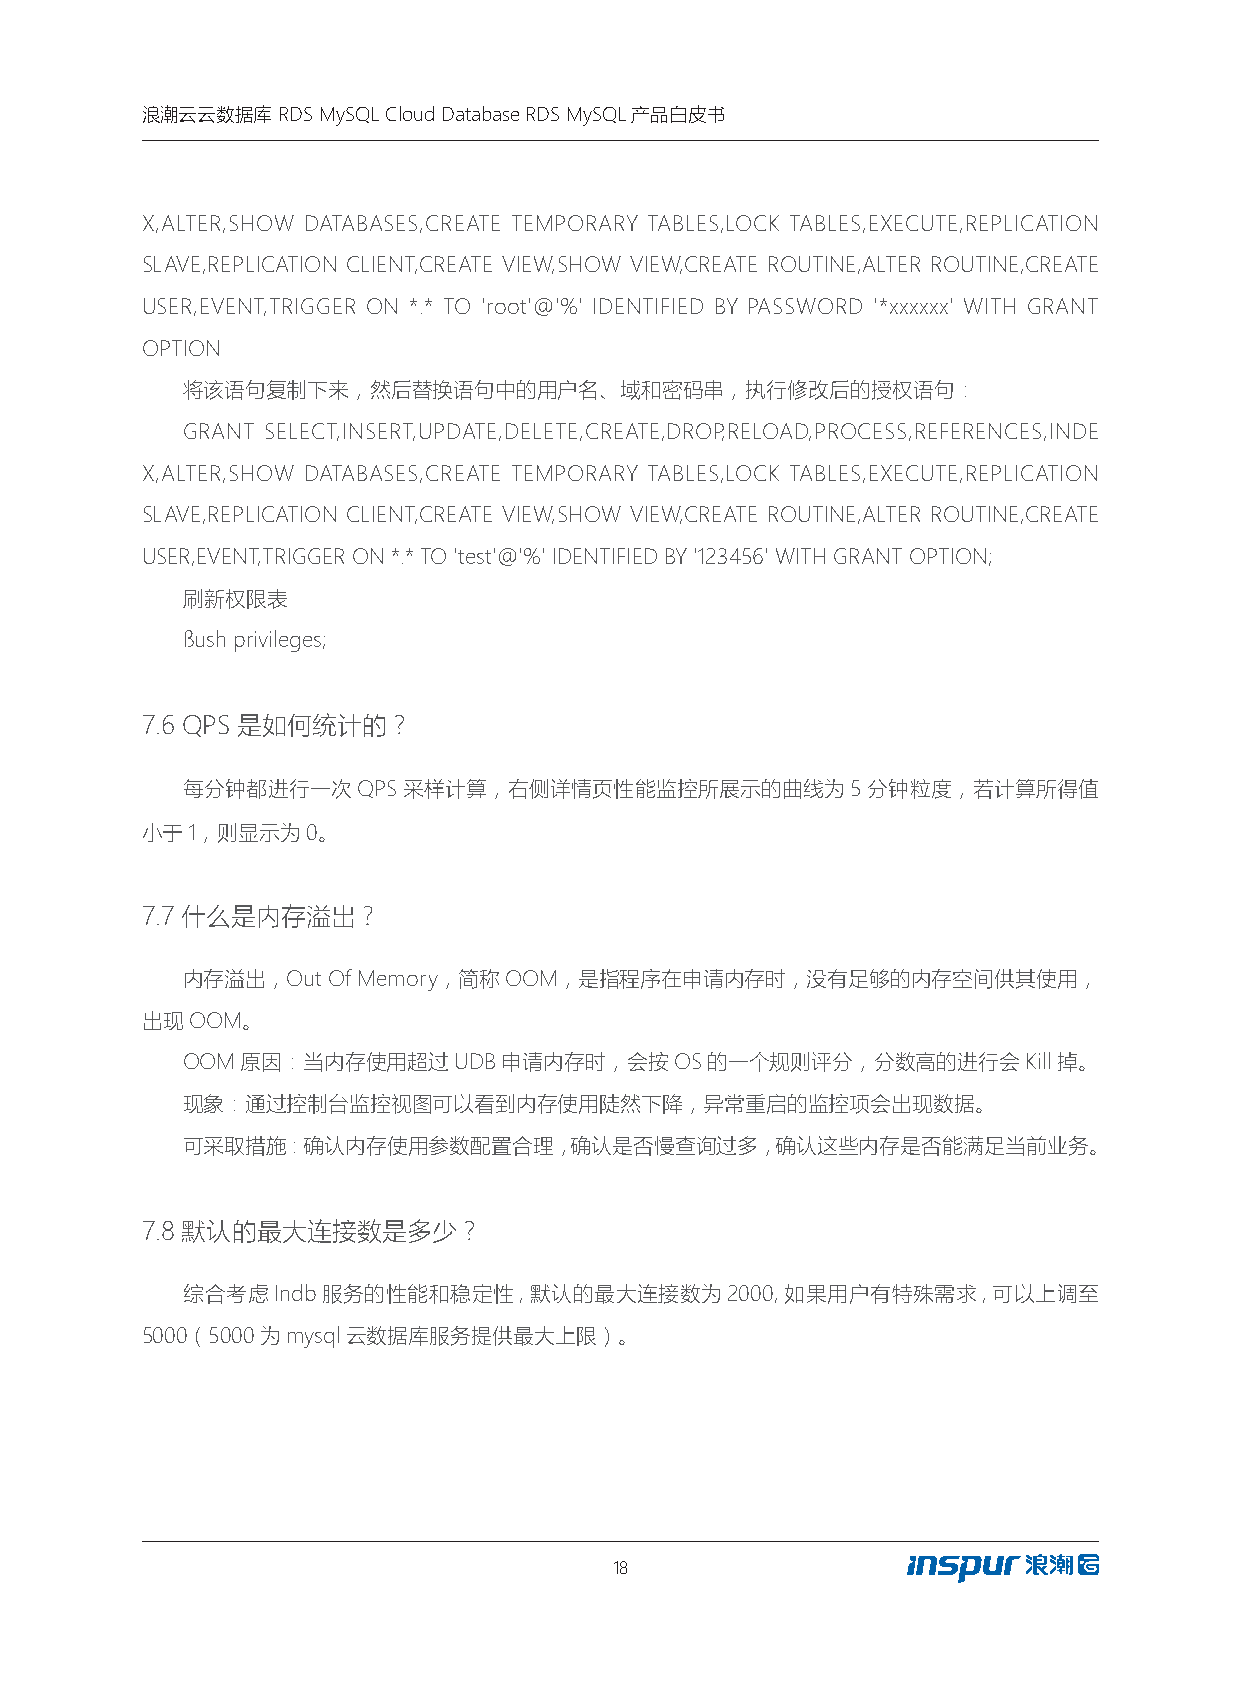
浪潮云云数据库  RDS MySQL Cloud Database RDS MySQL产品白皮书
 X,ALTER,SHOW DATABASES,CREATE TEMPORARY TABLES,LOCK TABLES,EXECUTE,REPLICATION
 SLAVE,REPLICATION CLIENT,CREATE VIEW,SHOW VIEW,CREATE ROUTINE,ALTER ROUTINE,CREATE
 USER,EVENT,TRIGGER ON *.* TO 'root'@'%' IDENTIFIED BY PASSWORD '*xxxxxx' WITH GRANT
 OPTION
 将该语句复制下来，然后替换语句中的用户名、域和密码串，执行修改后的授权语句：
 GRANT SELECT,INSERT,UPDATE,DELETE,CREATE,DROP,RELOAD,PROCESS,REFERENCES,INDE
 X,ALTER,SHOW DATABASES,CREATE TEMPORARY TABLES,LOCK TABLES,EXECUTE,REPLICATION
 SLAVE,REPLICATION CLIENT,CREATE VIEW,SHOW VIEW,CREATE ROUTINE,ALTER ROUTINE,CREATE
 USER,EVENT,TRIGGER ON *.* TO 'test'@'%' IDENTIFIED BY '123456' WITH GRANT OPTION;
 刷新权限表
 flush privileges;
 7.6 QPS 是如何统计的？
 每分钟都进行一次QPS采样计算，右侧详情页性能监控所展示的曲线为5分钟粒度，若计算所得值
 小于1，则显示为0。
 7.7什么是内存溢出?
 内存溢出，Out  Of Memory，简称OOM，是指程序在申请内存时，没有足够的内存空间供其使用，
 出现OOM。
 OOM原因：当内存使用超过UDB申请内存时，会按OS的一个规则评分，分数高的进行会Kill掉。
 现象：通过控制台监控视图可以看到内存使用陡然下降，异常重启的监控项会出现数据。
 可采取措施：确认内存使用参数配置合理，确认是否慢查询过多，确认这些内存是否能满足当前业务。
 7.8默认的最大连接数是多少？
 综合考虑Indb服务的性能和稳定性,默认的最大连接数为2000,如果用户有特殊需求,可以上调至
 5000（5000为mysql云数据库服务提供最大上限）。
 18